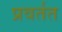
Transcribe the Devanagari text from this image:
प्रवर्तत